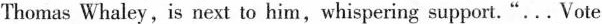
Thomas Whaley, is next to him,whispering support."...Vote